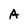
Character: A